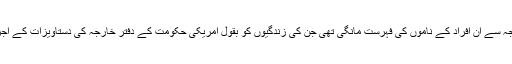
جولین اسانش کے وکیل نے امریکی وزارت خارجہ سے ان افراد کے ناموں کی فہرست مانگی تھی جن کی زندگیوں کو بقول امریکی حکومت کے دفترِ خارجہ کی دستاویزات کے اجراء سے ممکنہ طور پر خطرہ لاحق ہو سکتا ہے۔